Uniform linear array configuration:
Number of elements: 64
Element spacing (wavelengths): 0.25
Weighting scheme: cosine
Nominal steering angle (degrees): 60
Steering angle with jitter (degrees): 61.98
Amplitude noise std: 0.05
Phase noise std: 0.05

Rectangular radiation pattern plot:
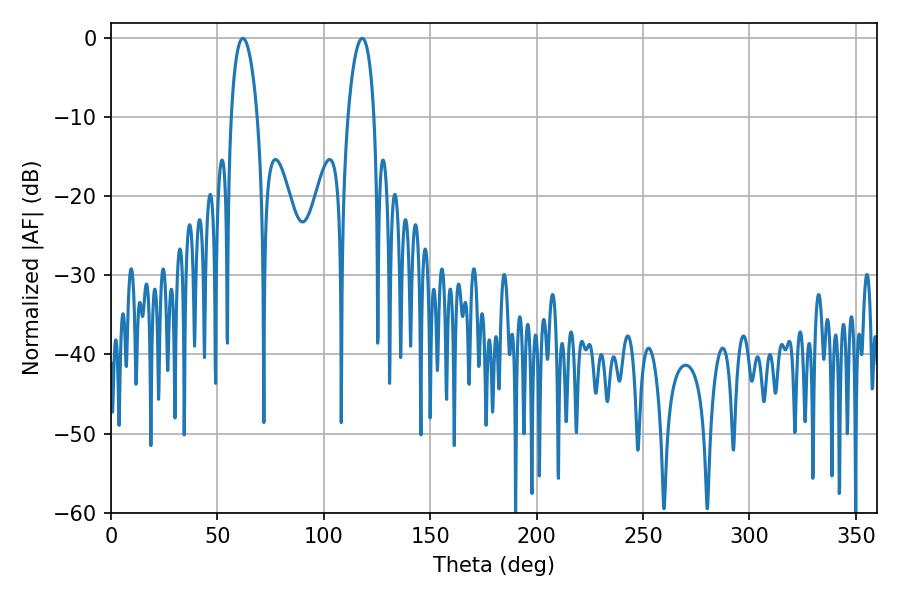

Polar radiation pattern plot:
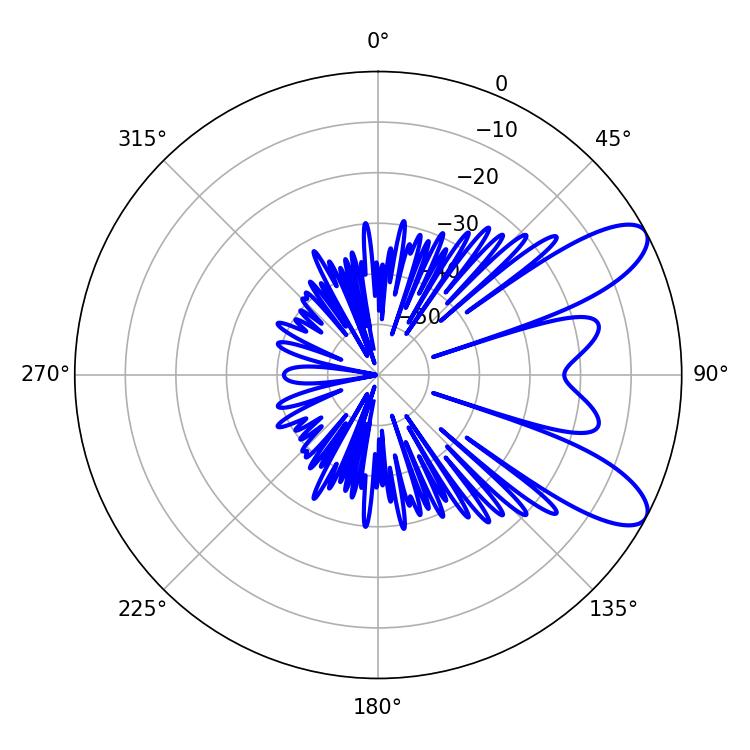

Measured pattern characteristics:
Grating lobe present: FALSE
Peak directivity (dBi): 9.212
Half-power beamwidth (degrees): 7.02
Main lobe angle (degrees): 61.92